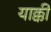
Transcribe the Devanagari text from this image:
याक्की